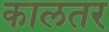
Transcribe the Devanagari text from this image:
कालतर